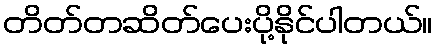
တိတ်တဆိတ်ပေးပို့နိုင်ပါတယ်။